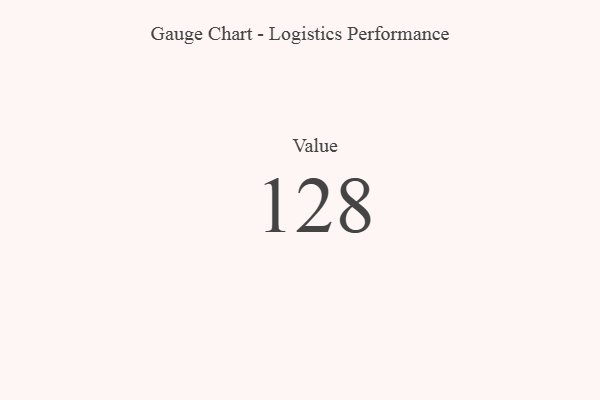
{"axis": {"x": "Metric", "y": "Value"}, "legend": [""], "data": [{"x": "Value", "y": 128, "type": ""}]}